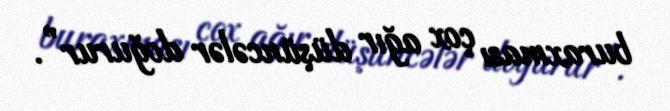
buraxması çox ağır düşüncələr doğurur”.